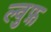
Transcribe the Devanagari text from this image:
ल्वुफ़